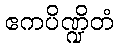
ဧကပိဏ္ဍိတံ